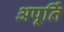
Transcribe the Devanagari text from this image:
अपूर्ति